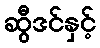
ဆွီဒင်နှင့်